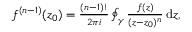
\begin{array} { r } { f ^ { ( n - 1 ) } ( z _ { 0 } ) = \frac { ( n - 1 ) ! } { 2 \pi i } \oint _ { \gamma } \frac { f ( z ) } { ( z - z _ { 0 } ) ^ { n } } \, \mathrm { d } z , } \end{array}